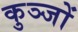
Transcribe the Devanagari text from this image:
कुञ्जों